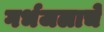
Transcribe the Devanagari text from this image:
गर्भजलाचे